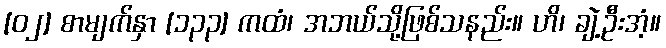
[၀၂] စာမျက်နှာ [၁၃၃] ကထံ၊ အဘယ်သို့ဖြစ်သနည်း။ ဟိ၊ ချဲ့ဦးအံ့။